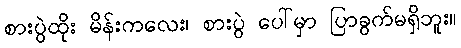
စားပွဲထိုး မိန်းကလေး၊ စားပွဲ ပေါ်မှာ ပြာခွက်မရှိဘူး။